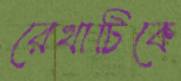
রেখাটিকে